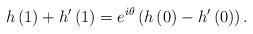
LaTeX: \begin{align*}h\left(1\right)+h'\left(1\right)=e^{i\theta}\left(h\left(0\right)-h'\left(0\right)\right).\end{align*}